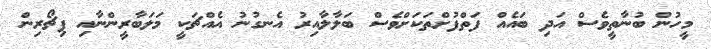
މީހުން ބުނާތީވެސް އަދި ބައެއް ފަތްފުށްތަކަށްވެސް ބަލާލާއިރު އެނގުނު އެއްޗަކީ މަލަބާރީންނާއި ޕިޗޯރިން